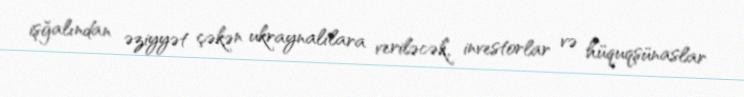
işğalından əziyyət çəkən ukraynalılara veriləcək, investorlar və hüquqşünaslar